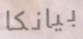
بيانكا